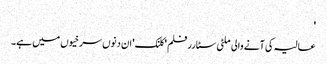
'
عالیہ کی آنے والی ملٹی سٹارر فلم 'کلنک' ان دنوں سرخیوں میں ہے۔